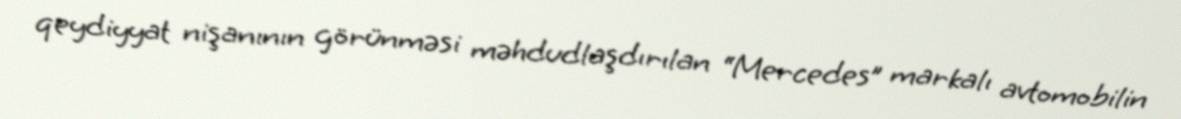
qeydiyyat nişanının görünməsi məhdudlaşdırılan “Mercedes” markalı avtomobilin